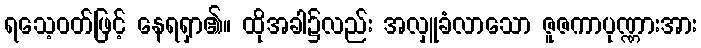
ရသေ့ဝတ်ဖြင့် နေရရှာ၏။ ထိုအခါ၌လည်း အလှူခံလာသော ဇူဇကာပုဏ္ဏားအား